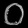
Digit: ၀